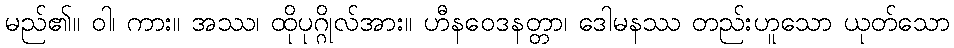
မည်၏။ ဝါ၊ ကား။ အဿ၊ ထိုပုဂ္ဂိုလ်အား။ ဟီနဝေဒနတ္တာ၊ ဒေါမနဿ တည်းဟူသော ယုတ်သော